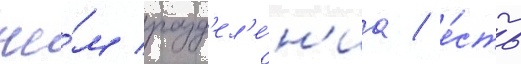
че́м разд'ел'е́н'иа / е́сть